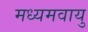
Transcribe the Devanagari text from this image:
मध्यमवायु